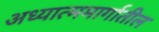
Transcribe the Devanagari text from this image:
अध्यात्ममार्गातील